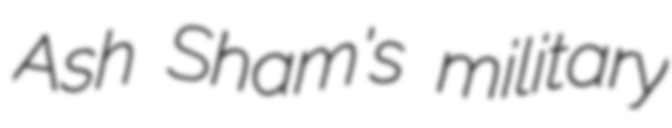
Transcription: Ash Sham's military